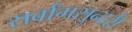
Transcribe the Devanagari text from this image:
सर्वांगसुन्दरी